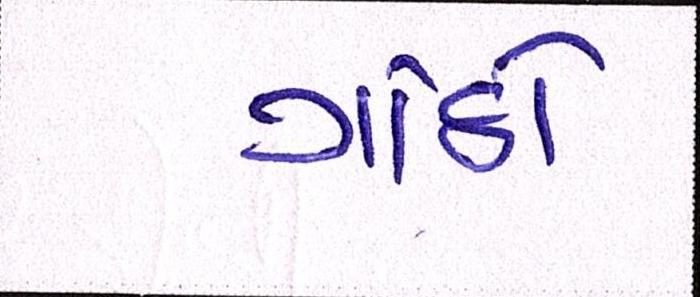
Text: ગાંઠો